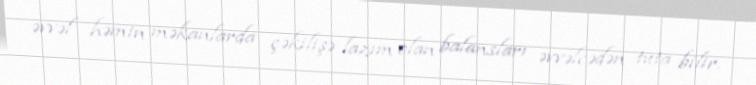
əvvəl həmin məkanlarda çəkilişə lazım olan balansları əvvəlcədən tuta bilir.